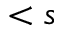
< s